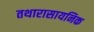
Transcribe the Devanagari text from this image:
तथारासायनिक